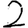
Digit: 2